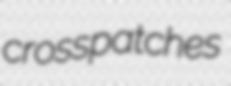
crosspatches